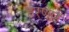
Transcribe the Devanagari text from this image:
हरणारे